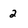
Character: 2